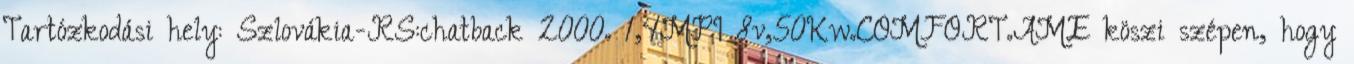
Tartózkodási hely: Szlovákia-RS:chatback 2000. 1,4MPI 8v,50Kw.COMFORT.AME köszi szépen, hogy